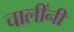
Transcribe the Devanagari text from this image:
चालींनी